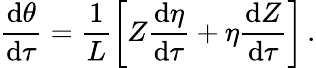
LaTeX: \frac{\mathrm{d}\theta}{\mathrm{d}\tau}=\frac{1}{L}\left[Z\frac{\mathrm{d}\eta}{\mathrm{d}\tau}+\eta\frac{\mathrm{d}Z}{\mathrm{d}\tau}\right]\, .